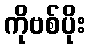
ကိုဗစ်ပိုး